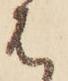
は